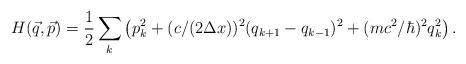
LaTeX: \begin{align*}H(\vec q,\vec p) = {1\over 2}\sum_k\left (p_k^2 +(c/(2\Delta x))^2(q_{k + 1} - q_{k - 1})^2 +(mc^2/\hbar)^2 q_k^2\right ).\end{align*}